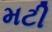
મટી